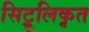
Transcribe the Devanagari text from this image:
सिट्रूलिकृत